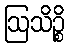
ဩသိဉ္စိ